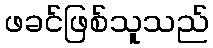
ဖခင်ဖြစ်သူသည်